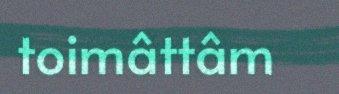
toimâttâm